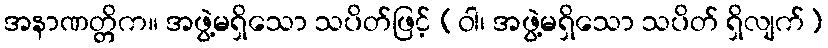
အနာဏတ္တိက။ အဖွဲ့မရှိသော သပိတ်ဖြင့် (ဝါ၊ အဖွဲ့မရှိသော သပိတ် ရှိလျက်)